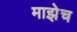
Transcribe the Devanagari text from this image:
माझेच